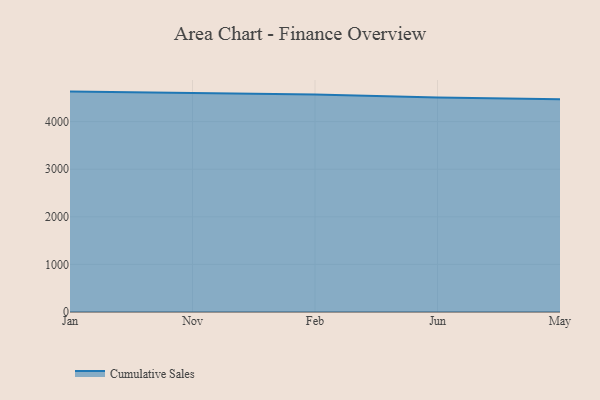
{"axis": {"x": "Month", "y": "Inventory Turnover"}, "legend": ["Cumulative Sales"], "data": [{"x": "Jan", "y": 4631.2, "type": "Cumulative Sales"}, {"x": "Nov", "y": 4603.7, "type": "Cumulative Sales"}, {"x": "Feb", "y": 4568.6, "type": "Cumulative Sales"}, {"x": "Jun", "y": 4509.5, "type": "Cumulative Sales"}, {"x": "May", "y": 4471.0, "type": "Cumulative Sales"}]}